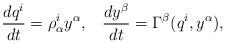
LaTeX: \begin{align*}\displaystyle \frac{dq^{i}}{dt} = \rho^{i}_{\alpha} y^{\alpha}, \; \; \; \frac{dy^{\beta}}{dt} = \Gamma^{\beta}(q^{i}, y^{\alpha}),\end{align*}